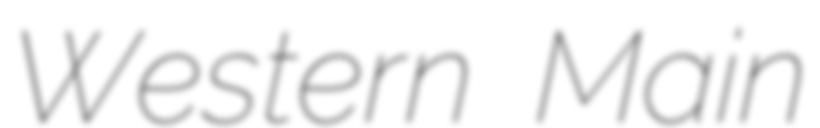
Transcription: Western Main